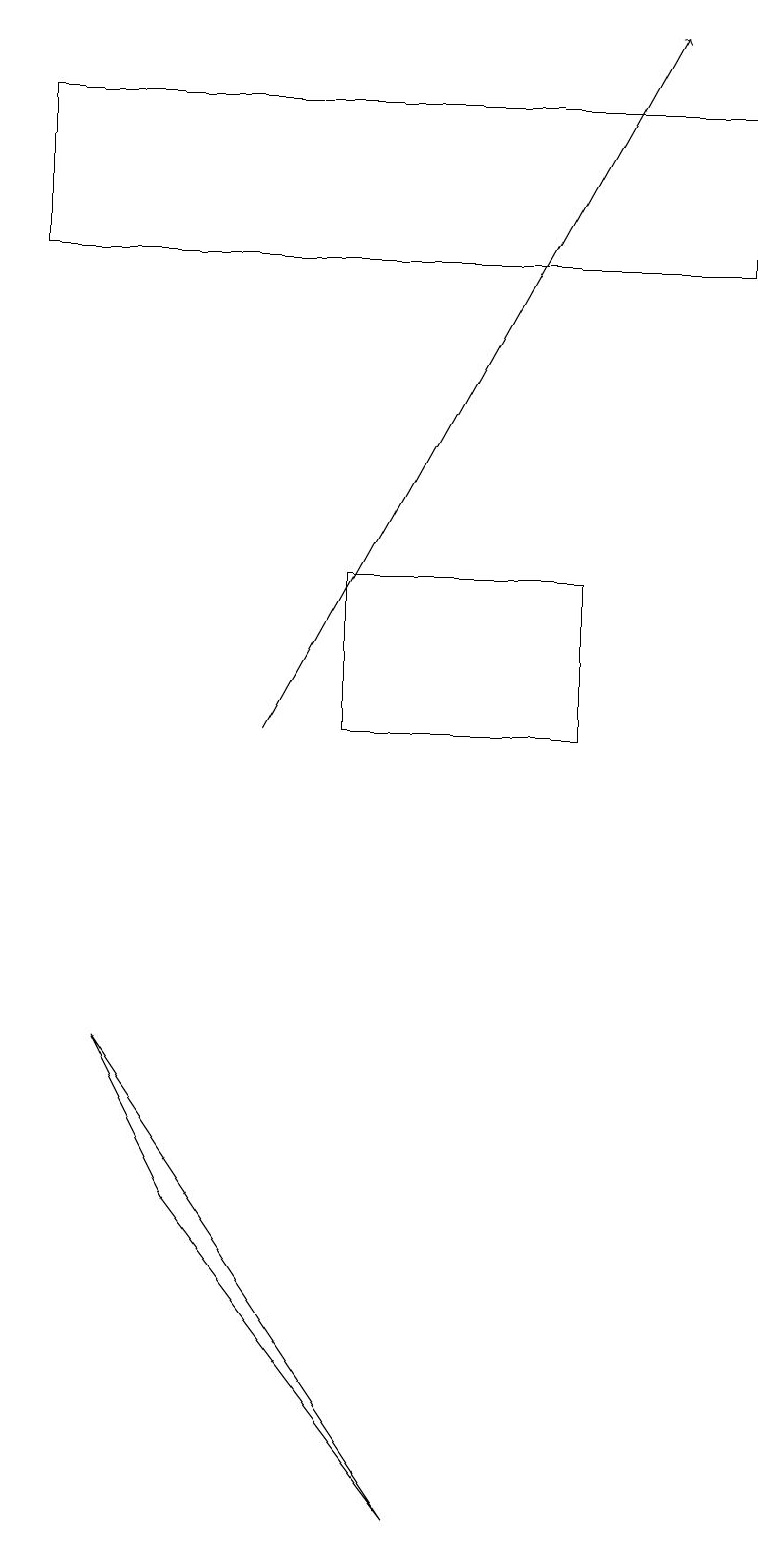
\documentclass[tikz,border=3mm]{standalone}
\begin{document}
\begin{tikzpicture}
\draw (0,18) rectangle (9,16);
\draw (1,6) -- (2,4) -- (5,0) -- cycle;
\draw (4,12) rectangle (7,10);
\draw[->] (3,10) -- (8,19);
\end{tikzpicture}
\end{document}